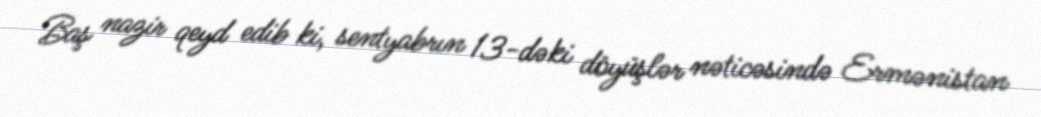
Baş nazir qeyd edib ki, sentyabrın 13-dəki döyüşlər nəticəsində Ermənistan